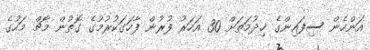
އަންހެން ސިފައިންގެ ޚިދުމަތަށް 30 އަހަރު ފުރުން ފާހަގަކުރުމުގެ ގޮތުން މާޗް މަހުގެ